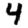
Digit: 4